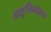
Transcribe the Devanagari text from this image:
अशुचिभावना